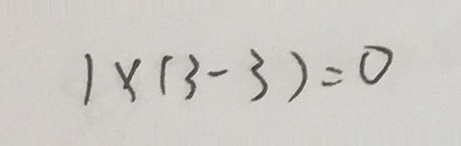
1 \times ( 3 - 3 ) = 0